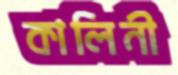
কালিনী